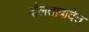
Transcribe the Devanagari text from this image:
दौलताबादेत